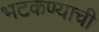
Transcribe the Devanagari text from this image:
भटकण्याची